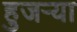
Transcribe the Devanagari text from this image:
हुजऱ्या